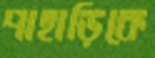
পাহাড়িকে